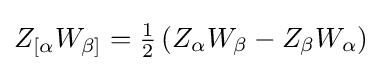
Z_{[\alpha }W_{\beta ]}={\tfrac {1}{2}}\left(Z_{\alpha }W_{\beta }-Z_{\beta }W_{\alpha }\right)